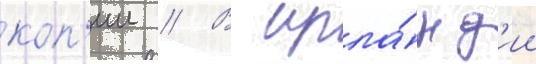
коп'ии // В ирла́нд'ии